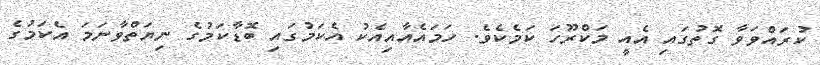
ކުރައްވަވާ ގޮތުގައި އެއީ މަކްރޫހަ ކަމެކެވެ. ހަމައެއާއިއެކު އެކަމުގައި ބޮޑާކަމުގެ ނިޔަތްވާނަމަ އެކަމުގެ